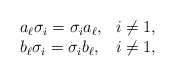
\begin{align*}\begin{array}{ll}a_\ell \sigma_i =\sigma_i a_\ell, & i\neq 1, \\b_\ell \sigma_i =\sigma_i b_\ell, & i\neq 1,\end{array}\end{align*}